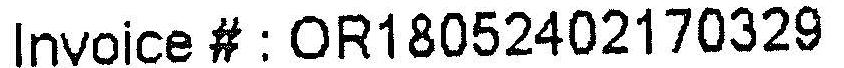
INVOICE # : OR18052402170329